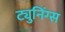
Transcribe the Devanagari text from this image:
ट्युनिंग्स